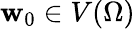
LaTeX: \mathbf{w}_{0}\in V(\Omega)